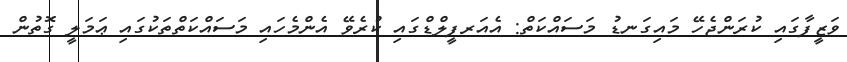
ވަޒީފާގައި ކުރަންޖެހޭ މައިގަނޑު މަސައްކަތް: އެއަރފީލްޑްގައި ކުރެވޭ އެންމެހައި މަސައްކަތްތަކުގައި ޢަމަލީ ގޮތުން